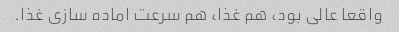
واقعا عالی بود، هم‌ غذا، هم سرعت اماده سازی غذا.